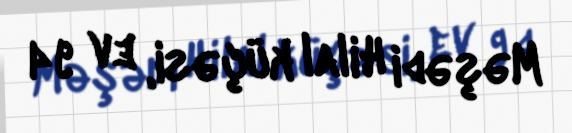
Məşədi Hilal küçəsi, ev 94